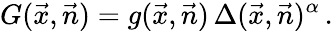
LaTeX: G(\vec{x},\vec{n})=g(\vec{x},\vec{n})\, \Delta(\vec{x},\vec{n})^{\alpha}\, .